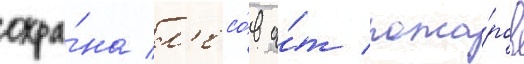
охра́на л'есо́в о́т пожа́ров